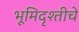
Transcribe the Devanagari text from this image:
भूमिदृश्तीचे